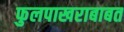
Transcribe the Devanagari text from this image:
फुलपाखराबाबत